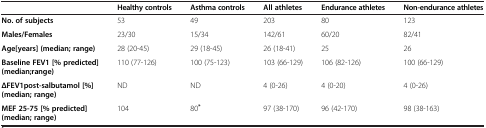
<table><thead><tr><td><b> </b></td><td><b>Healthy controls</b></td><td><b>Asthma controls</b></td><td><b>All athletes</b></td><td><b>Endurance athletes</b></td><td><b>Non-endurance athletes</b></td></tr></thead><tbody><tr><td><b>No. of subjects</b></td><td>53</td><td>49</td><td>203</td><td>80</td><td>123</td></tr><tr><td><b>Males/Females</b></td><td>23/30</td><td>15/34</td><td>142/61</td><td>60/20</td><td>82/41</td></tr><tr><td><b>Age[years] (median; range)</b></td><td>28 (20-45)</td><td>29 (18-45)</td><td>26 (18-41)</td><td>25</td><td>26</td></tr><tr><td><b>Baseline FEV1 [% predicted] (median;range)</b></td><td>110 (77-126)</td><td>100 (75-123)</td><td>103 (66-129)</td><td>106 (82-126)</td><td>100 (66-129)</td></tr><tr><td><b>ΔFEV1post-salbutamol [%] (median; range)</b></td><td>ND</td><td>ND</td><td>4 (0-26)</td><td>4 (0-20)</td><td>4 (0-26)</td></tr><tr><td><b>MEF 25-75 [% predicted] (median; range)</b></td><td>104</td><td>80<sup><b>*</b></sup></td><td>97 (38-170)</td><td>96 (42-170)</td><td>98 (38-163)</td></tr></tbody></table>